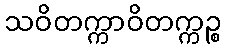
သဝိတက္ကာဝိတက္ကဉ္စ